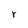
Character: r